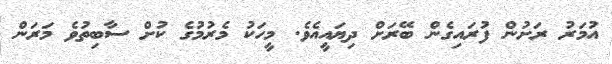
އުމަރު ރަށުން ފުރައިގެން ބޭރަށް ދިޔައީއެވެ. މީހަކު މެރުމުގެ ކުށް ސާބިތުވެ މަރަން